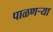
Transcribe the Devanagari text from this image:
पाळणऱ्या